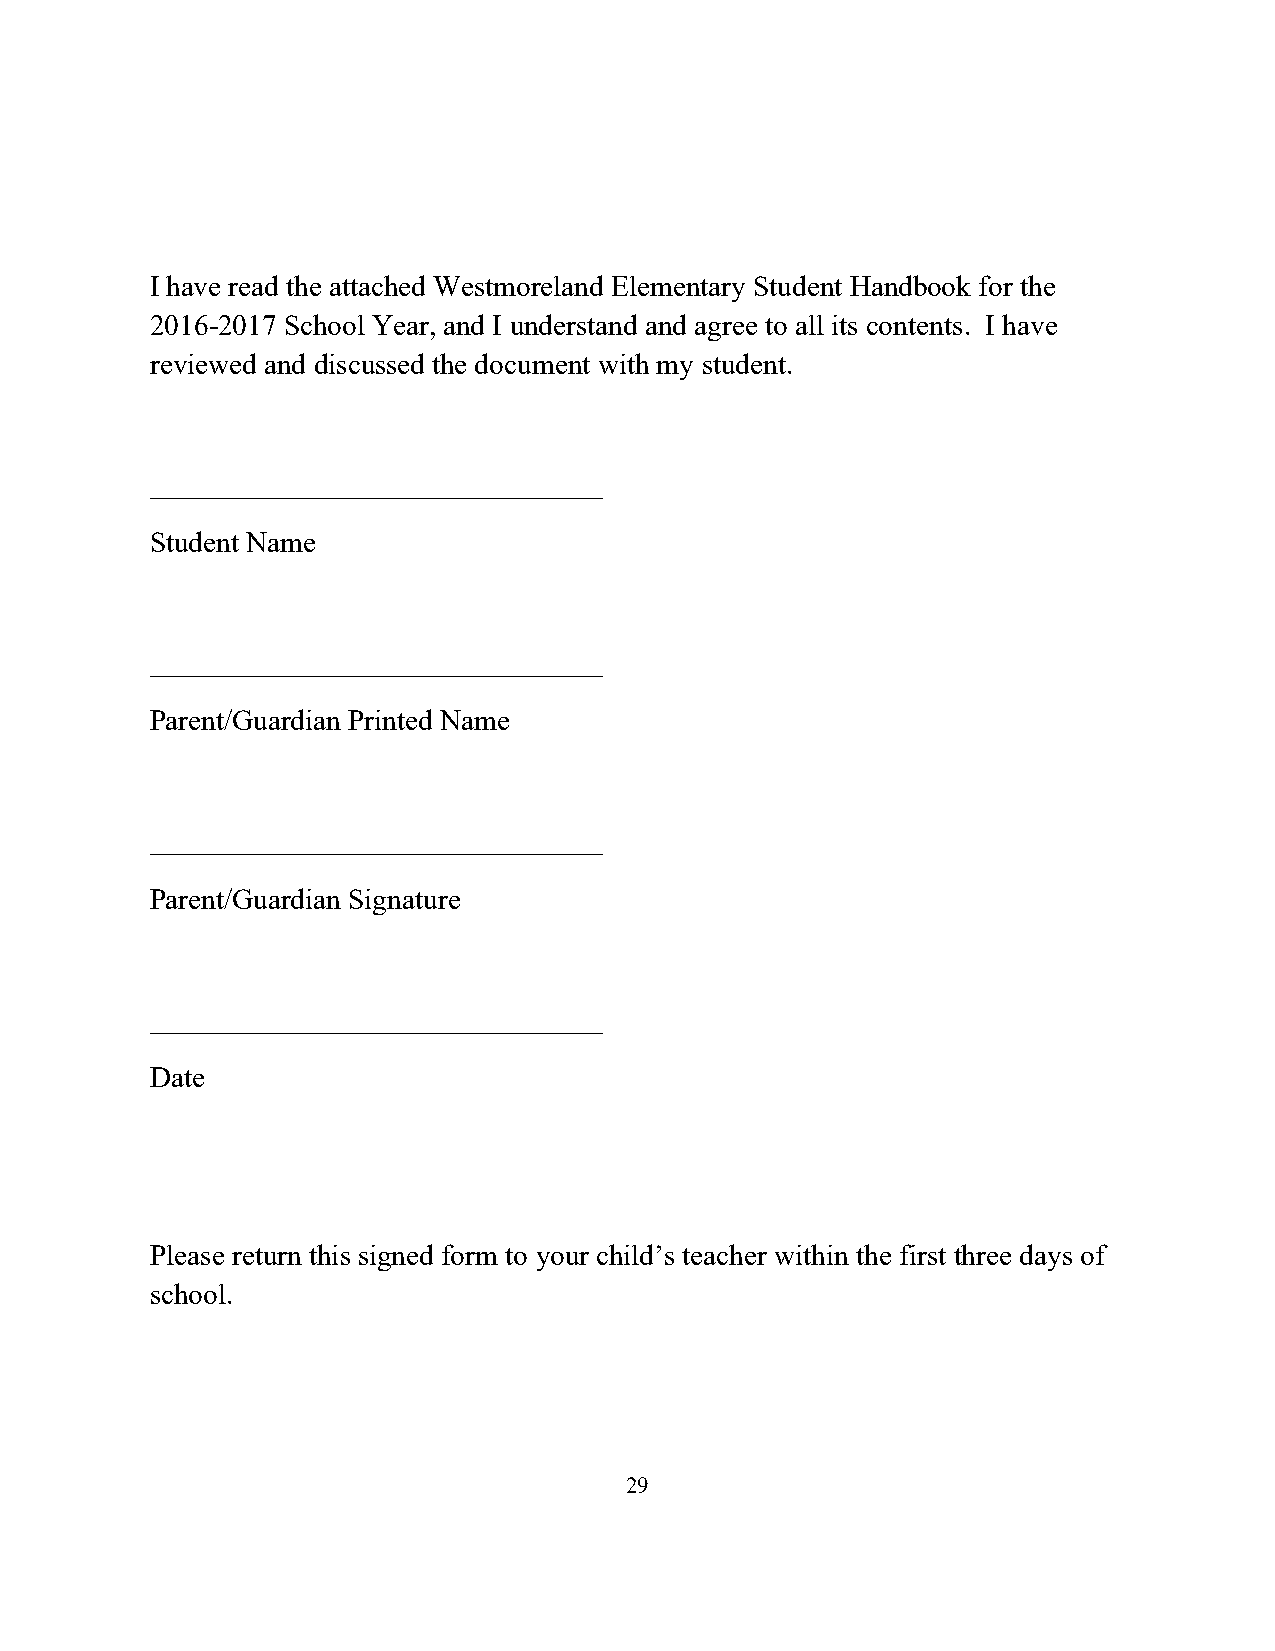
I have read the attached Westmoreland Elementary Student Handbook for the
 2016-2017 School Year, and I understand and agree to all its contents. I have
 reviewed and discussed the document with my student.
 _______________________________
 Student Name
 _______________________________
 Parent/Guardian Printed Name
 _______________________________
 Parent/Guardian Signature
 _______________________________
 Date
 Please return this signed form to your child’s teacher within the first three days of
 school.
 29